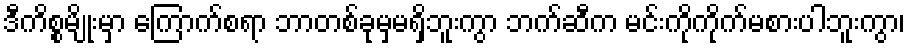
ဒီကိစ္စမျိုးမှာ ကြောက်စရာ ဘာတစ်ခုမှမရှိဘူးကွာ ဘက်ဆီက မင်းကိုကိုက်မစားပါဘူးကွာ၊